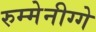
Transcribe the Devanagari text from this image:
रुम्मेनीग्गे